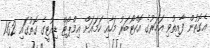
އެގޮތުން ފާއިތުވި އަހަރުގެ އޮކްޓޯބަރު މަހާއި ހަމައަށް އިމްޕޯޓް ޑިއުޓީގެ ގޮތުގައި 1.62